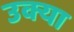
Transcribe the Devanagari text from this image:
उक्या